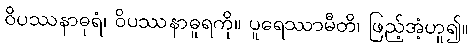
ဝိပဿနာဓုရံ၊ ဝိပဿနာဓူရကို။ ပူရေဿာမီတိ၊ ဖြည့်အံ့ဟူ၍။